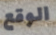
الوقع